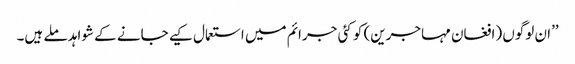
’’ان لوگوں (افغان مہاجرین) کو کئی جرائم میں استعمال کیے جانے کے شواہد ملے ہیں۔